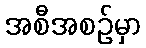
အစီအစဉ်မှာ